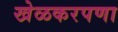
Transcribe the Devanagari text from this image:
खेळकरपणा